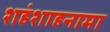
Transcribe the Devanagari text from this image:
शहंशाहनामा